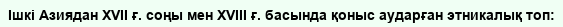
Ішкі Азиядан XVII ғ. соңы мен XVIII ғ. басында қоныс аударған этникалық топ: